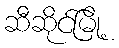
ဆီဆိုင်မြို့